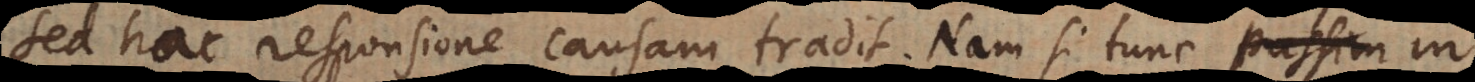
Sed hac responsione causam tradit. Nam si tunc passim